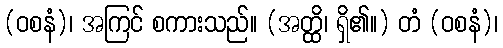
(ဝစနံ)၊ အကြင် စကားသည်။ (အတ္ထိ၊ ရှိ၏။) တံ (ဝစနံ)၊